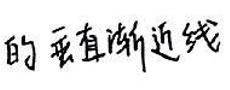
的垂直渐近线